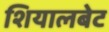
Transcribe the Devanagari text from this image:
शियालबेट